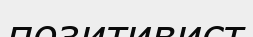
позитивист